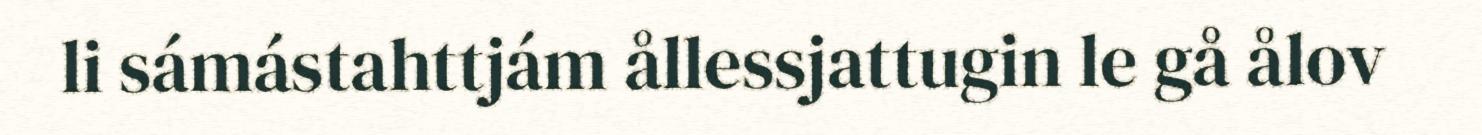
li sámástahttjám ållessjattugin le gå ålov